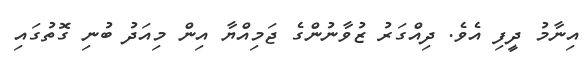
އިނާމު ދީފި އެވެ. ދިއްގަރު ޒުވާނުންގެ ޖަމިއްޔާ އިން މިއަދު ބުނި ގޮތުގައި